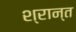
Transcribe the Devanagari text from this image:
श्रान्त